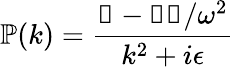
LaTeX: \mathbb{P}(k)={\frac{\mathbb{1}-\mathbb{k}\mathbb{k}/\omega^{2}}{k^{2}+i\epsilon}}